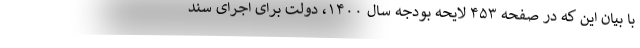
با بیان این که در صفحه ۴۵۳ لایحه بودجه سال ۱۴۰۰، دولت برای اجرای سند